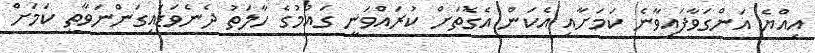
އިއްޔެ އަންގަވާފައިވާނެ ކަމަށާއި އެކަން އެގޮތަށް ކުރައްވަނީ ގައުމުގެ ހާލަތު ދެނެވަޑައިގަންނަވާތީ ކަމަށް